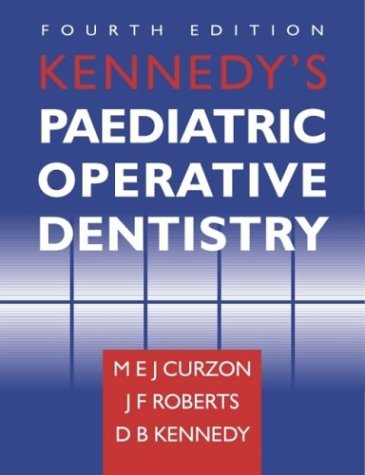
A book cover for Kennedy's Pediatric Operative Dentistry; M. E. J. Curzon; Medical Books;